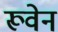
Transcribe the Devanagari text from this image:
रूवेन